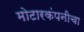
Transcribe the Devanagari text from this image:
मोटारकंपनीचा